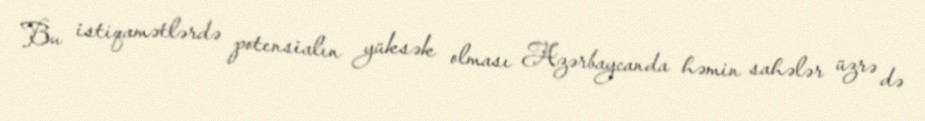
Bu istiqamətlərdə potensialın yüksək olması Azərbaycanda həmin sahələr üzrə də